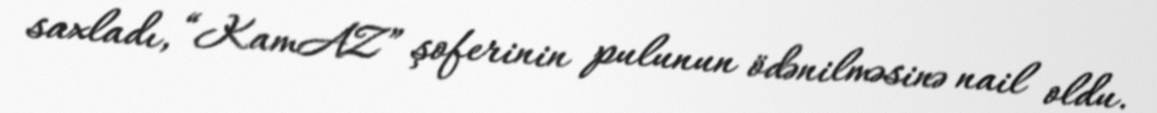
saxladı, “KamAZ” şoferinin pulunun ödənilməsinə nail oldu.